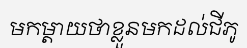
មកម្តាយថាខ្លួនមកដល់ជីភូ